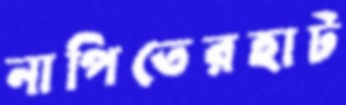
নাপিতেরহাট